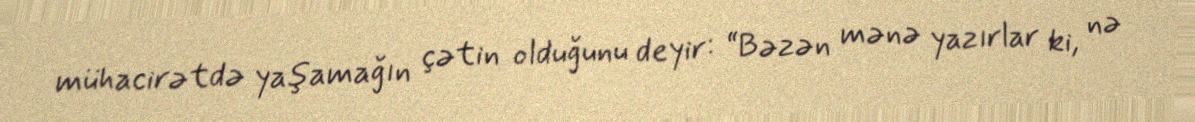
mühacirətdə yaşamağın çətin olduğunu deyir: “Bəzən mənə yazırlar ki, nə